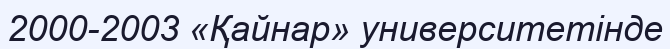
2000-2003 «Қайнар» университетінде